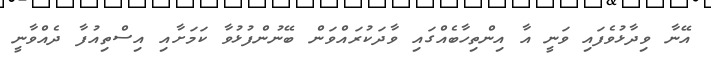
އޭނާ ވިދާޅުވެފައި ވަނީ އާ އިންތިހާބެއްގައި ވާދަކުރައްވަން ބޭނުންފުޅުވާ ކަމަށާއި އިސްތިއުފާ ދެއްވާނީ